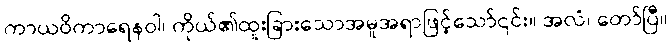
ကာယဝိကာရေနဝါ၊ ကိုယ်၏ထူးခြားသောအမူအရာဖြင့်သော်၎င်း။ အလံ၊ တော်ပြီ။